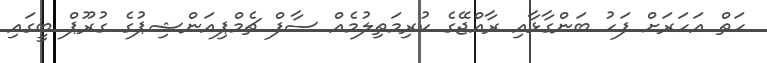
ހަތް އަހަރަށް ފަހު ބަންގާޅާއި ރާއްޖޭގެ ކުރިމަތިލުމެއް ސާފް ޗެމްޕިއަންޝިޕުގެ ގުރޫޕް ބީގައި